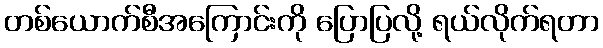
တစ်ယောက်စီအကြောင်းကို ပြောပြလို့ ရယ်လိုက်ရတာ